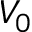
V _ { 0 }